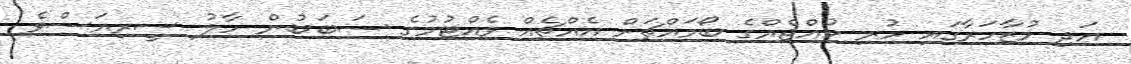
އަދި މުޒާހަރާގައި ހުރި ކުއްޖެއްގެ ބޯމައްޗަށް އެއްޗެއް ވެއްޓުމުގެ ސަބަބުން ހާލު ސީރިއަސްވެ